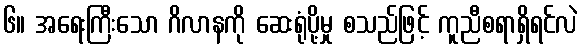
၆။ အရေးကြီးသော ဂိလာနကို ဆေးရုံပို့မှု စသည်ဖြင့် ကူညီစရာရှိရင်လဲ